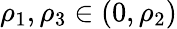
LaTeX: \rho_{1},\rho_{3}\in(0,\rho_{2})